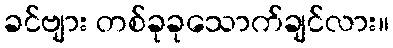
ခင်ဗျား တစ်ခုခုသောက်ချင်လား။